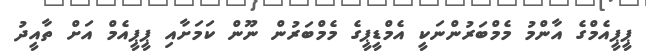
ޕީޕީއެމްގެ އާންމު މެމްބަރުންނަކީ އެމްޑީޕީގެ މެމްބަރުން ނޫން ކަމަށާއި ޕީޕީއެމް އަށް ތާއީދު